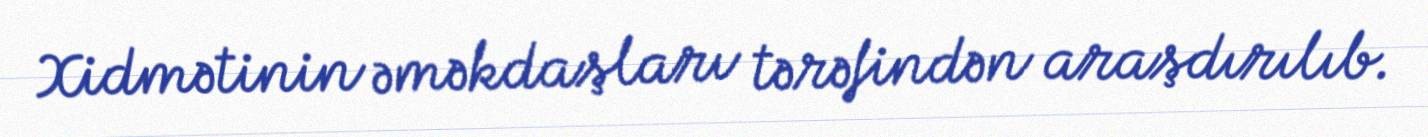
Xidmətinin əməkdaşları tərəfindən araşdırılıb.